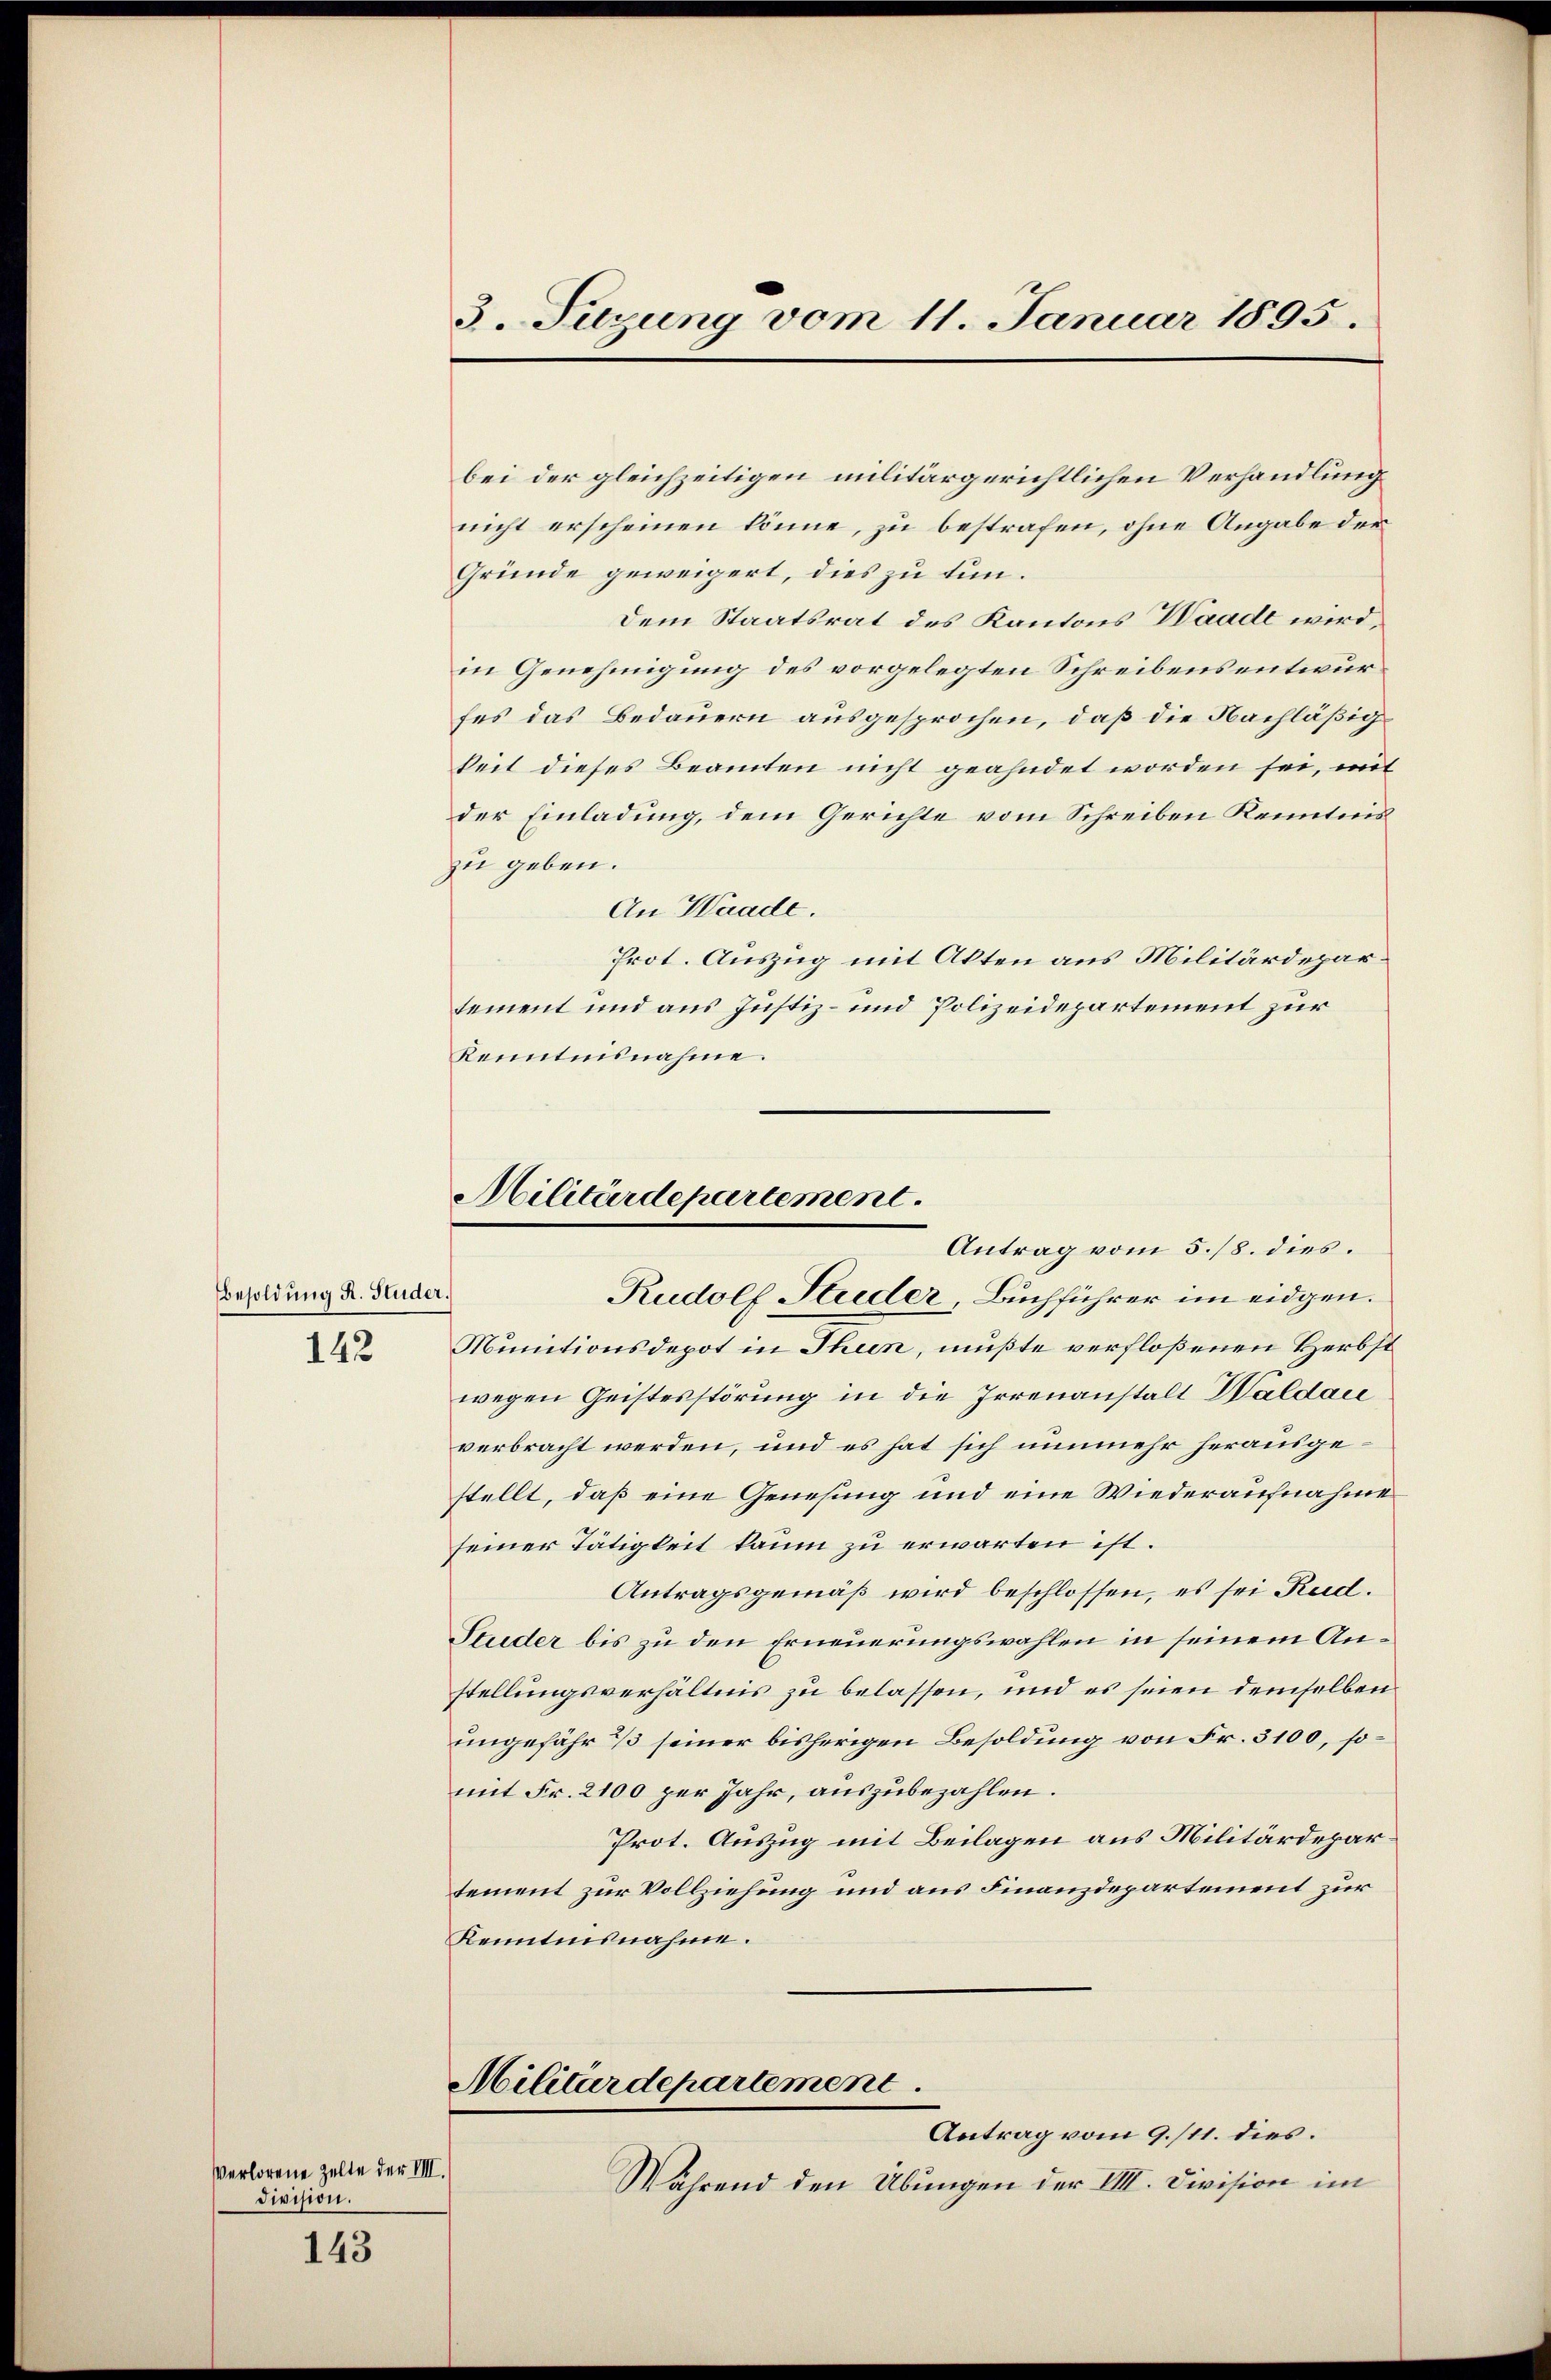
Besoldung R. Studer.
142

verlorene Zelte der VIII.
Division.

143

3. Tuzung vom 11. Januar 1895.

bei der gleichzeitigen militärgerichtlichen Verhandlung
nicht erscheinen könne, zu bestrafen, ohne Angabe der
Gründe geweigert, dies zu tun.
Dem Staatsrat des Kantons Waadt wird,
in Genehmigung des vorgelegten Schreibens entwurfes das Bedauern ausgesprochen, daß die Nachläßigkeit dieses Beamten nicht geahndet worden sei, mit
der Einladung, dem Gerichte vom Schreiben Kenntniszu geben.
An Waadt.
Prot. Auszug mit Akten aus Militärdepartement und aus Justiz- und Polizeidepartement zur
Kenntnisnahme.
Rudolf Studer, Buchführer im eidgen.
Munitionsdepot in Thun, mußte verfloßenen Herbst
wegen Geistesstörung in die Irrenanstalt Waldau
verbracht werden, und es hat sich nunmehr herausgestellt, daß eine Genesung und eine Wiederaufnahme
seiner Tätigkeit kaum zu erwarten ist.
Antragsgemäß wird beschlossen, es sei Rud.
Studer bis zu den Erneuerungswahlen in seinem Anstellungsverhältnis zu belassen, und es seien demselben
ungefähr 3 seiner bisherigen Besoldung von Fr. 3100, somit Fr. 2100 per Jahr, auszubezahlen.
Prot. Auszug mit Beilagen aus Militärdepartement zur Vollziehung und aus Finanzdepartement zur
Kenntnisnahme.
Militärdepartement
Antrag vom 9./11. dies.
Während den Übungen der VIII. Division im

Militärdepartement
Antrag vom 5./8. dies.